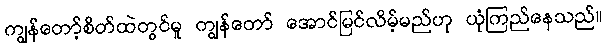
ကျွန်တော့်စိတ်ထဲတွင်မူ ကျွန်တော် အောင်မြင်လိမ့်မည်ဟု ယုံကြည်နေသည်။